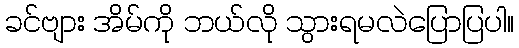
ခင်ဗျား အိမ်ကို ဘယ်လို သွားရမလဲပြောပြပါ။